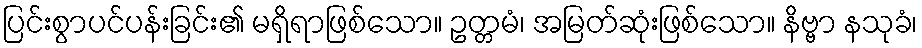
ပြင်းစွာပင်ပန်းခြင်း၏ မရှိရာဖြစ်သော။ ဥတ္တမံ၊ အမြတ်ဆုံးဖြစ်သော။ နိဗ္ဗာ နသုခံ၊